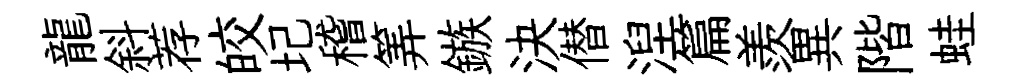
龍斜荐皎圮稽筭鏃決僣湼篇羨異階蛙